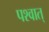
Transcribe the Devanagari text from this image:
पश्वात्